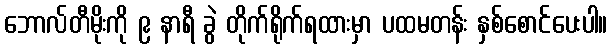
ဘောလ်တီမိုးကို ၉ နာရီ ခွဲ တိုက်ရိုက်ရထားမှာ ပထမတန်း နှစ်စောင်ပေးပါ။